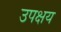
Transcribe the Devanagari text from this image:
उपक्षय